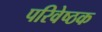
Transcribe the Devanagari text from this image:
परिवेष्ठक